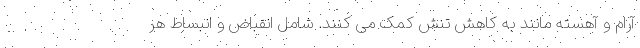
آرام و آهسته مانند به کاهش تنش کمک می کنند. شامل انقباض و انبساط هر